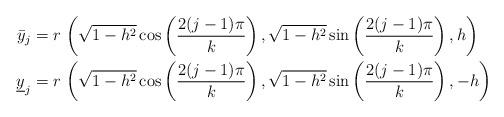
LaTeX: \begin{align*} \begin{aligned} \bar{y}_j &= r \, \left( \sqrt{1-h^2} \cos\left(\frac{2(j-1)\pi}{k}\right), \sqrt{1-h^2} \sin\left(\frac{2(j-1)\pi}{k}\right),h\right)\\ \underline{y}_j &= r \, \left( \sqrt{1-h^2} \cos\left(\frac{2(j-1)\pi}{k}\right), \sqrt{1-h^2} \sin\left(\frac{2(j-1)\pi}{k}\right),-h\right)\end{aligned}\end{align*}